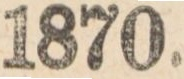
1870.